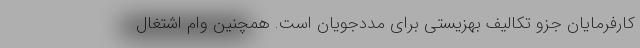
کارفرمایان جزو تکالیف بهزیستی برای مددجویان است. همچنین وام اشتغال